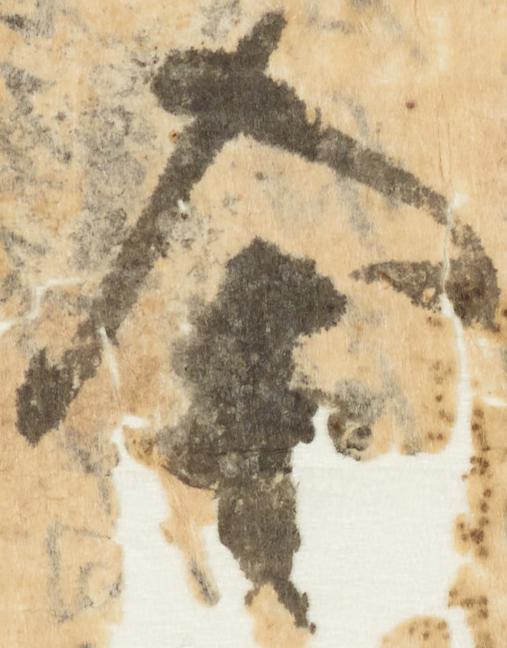
舎